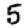
Digit: 5